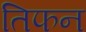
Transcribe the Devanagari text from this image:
तिफन